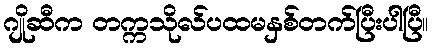
ဂျိုဆီက တက္ကသိုလ်ပထမနှစ်တက်ပြီးပါပြီ။